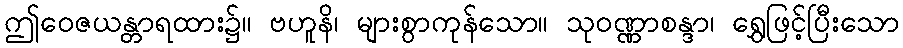
ဤဝေဇယန္တာရထား၌။ ဗဟူနိ၊ များစွာကုန်သော။ သုဝဏ္ဏာစန္ဒာ၊ ရွှေဖြင့်ပြီးသော